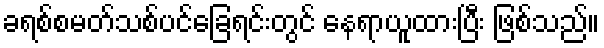
ခရစ်စမတ်သစ်ပင်ခြေရင်းတွင် နေရာယူထားပြီး ဖြစ်သည်။